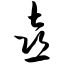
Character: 喜